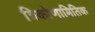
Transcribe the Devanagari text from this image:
त्रिकोणामितिक